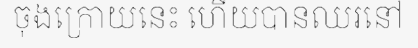
ចុងក្រោយនេះ ហើយបានឈរនៅ